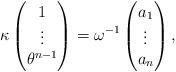
LaTeX: \begin{align*}\kappa\begin{pmatrix}1\\\vdots\\\theta^{n-1}\end{pmatrix}=\omega^{-1}\begin{pmatrix}a_{1}\\\vdots\\a_{n}\end{pmatrix},\end{align*}